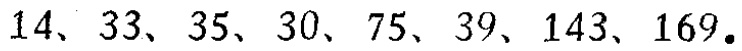
$14、33、35、30、75、39、143、169.$